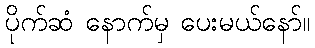
ပိုက်ဆံ နောက်မှ ပေးမယ်နော်။